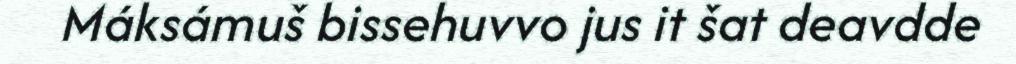
Máksámuš bissehuvvo jus it šat deavdde